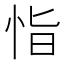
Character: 恉